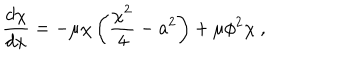
\frac { d \chi } { d x } = - \mu \chi \left( \frac { \chi ^ { 2 } } { 4 } - a ^ { 2 } \right) + \mu \phi ^ { 2 } \chi ~ ,